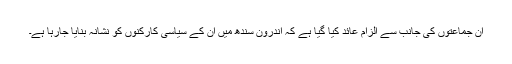
ان جماعتوں کی جانب سے الزام عائد کیا گیا ہے کہ اندرون ِسندھ میں ان کے سیاسی کارکنوں کو نشانہ بنایا جارہا ہے۔